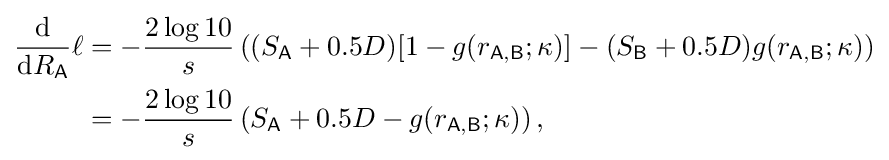
{\begin{aligned}{\frac {\textrm {d}}{{\textrm {d}}R_{\mathsf {A}}}}\ell &=-{\frac {2\log 10}{s}}\left((S_{\mathsf {A}}+0.5D)[1-g(r_{\mathsf {A,B}};\kappa )]-(S_{\mathsf {B}}+0.5D)g(r_{\mathsf {A,B}};\kappa )\right)\\&=-{\frac {2\log 10}{s}}\left(S_{\mathsf {A}}+0.5D-g(r_{\mathsf {A,B}};\kappa )\right),\end{aligned}}